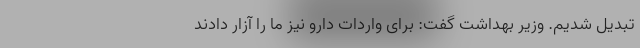
تبدیل شدیم. وزیر بهداشت گفت: برای واردات دارو نیز ما را آزار دادند